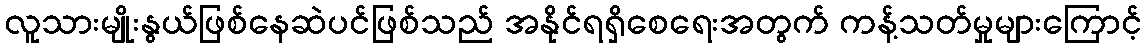
လူသားမျိုးနွယ်ဖြစ်နေဆဲပင်ဖြစ်သည် အနိုင်ရရှိစေရေးအတွက် ကန့်သတ်မှုများကြောင့်